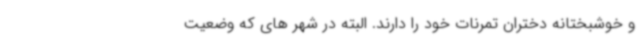
و خوشبختانه دختران تمرنات خود را دارند. البته در شهر های که وضعیت